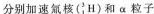
分别加速氚核(_{1}^{3}H)和\alpha 粒子